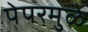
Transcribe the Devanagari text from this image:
पेपरमुळे